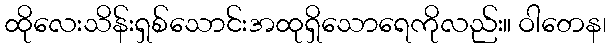
ထိုလေးသိန်းရှစ်သောင်းအထုရှိသောရေကိုလည်း။ ဝါတေန၊